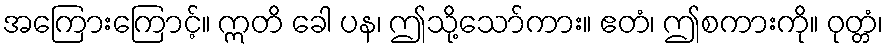
အကြေားကြောင့်။ ဣတိ ခေါ ပန၊ ဤသို့သော်ကား။ ဧတံ၊ ဤစကားကို။ ဝုတ္တံ၊